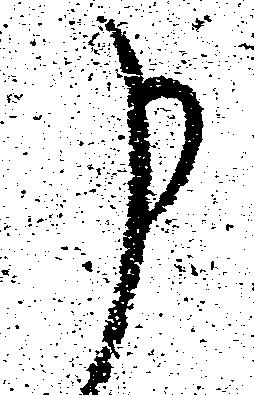
申